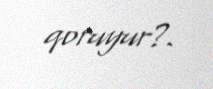
qoruyur?.